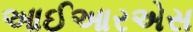
આઈઆરએસ